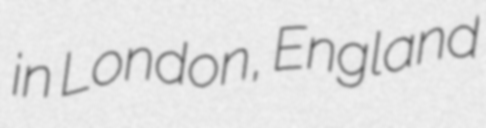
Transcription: in London, England